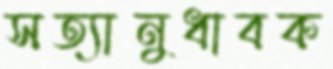
সত্যানুধাবক